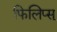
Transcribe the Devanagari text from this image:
फिलिप्स्